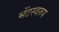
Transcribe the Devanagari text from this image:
भेंटस्‍वरुप